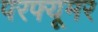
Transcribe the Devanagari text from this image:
परफ्यूमर